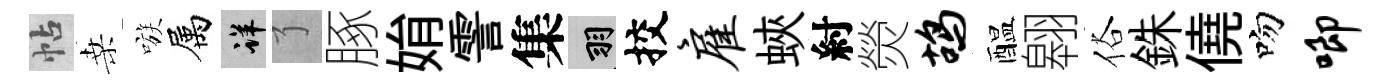
帖桑嗾属详了䐁姢霅集羽挍雇蛺紂熒鸪醖翱俗銖僥吻唧